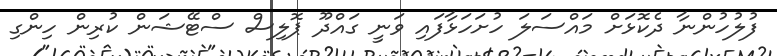
ފުލުހުންނާ ދެކޮޅަށް މައްސަލަ ހުށަހަޅާފައި ވަނީ ގައްދޫ ޕޮލިސް ސްޓޭޝަން ކުރިން ހިންގި